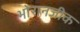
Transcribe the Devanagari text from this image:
भोरानजीक